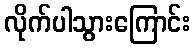
လိုက်ပါသွားကြောင်း